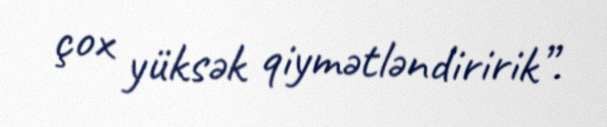
çox yüksək qiymətləndiririk”.